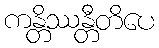
ကန္တိဿန္တီတိပေ